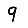
Digit: 9